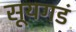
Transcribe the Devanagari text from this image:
सूयगडं